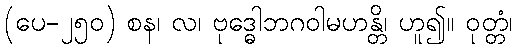
(ပေ-၂၅၀) စန၊ လ၊ ဗုဒ္ဓေါဘဂဝါမဟန္တိ၊ ဟူ၍။ ဝုတ္တံ၊